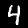
Digit: 4